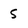
Character: 5